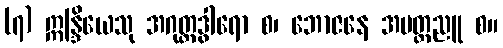
(၇) ဣန္ဒြိယေသု အဂုတ္တဒွါရော စ၊ ဘောဇနေ အမတ္တညူ စ။